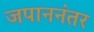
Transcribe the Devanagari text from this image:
जपाननंतर